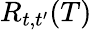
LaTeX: R_{t,t^{\prime}}(T)